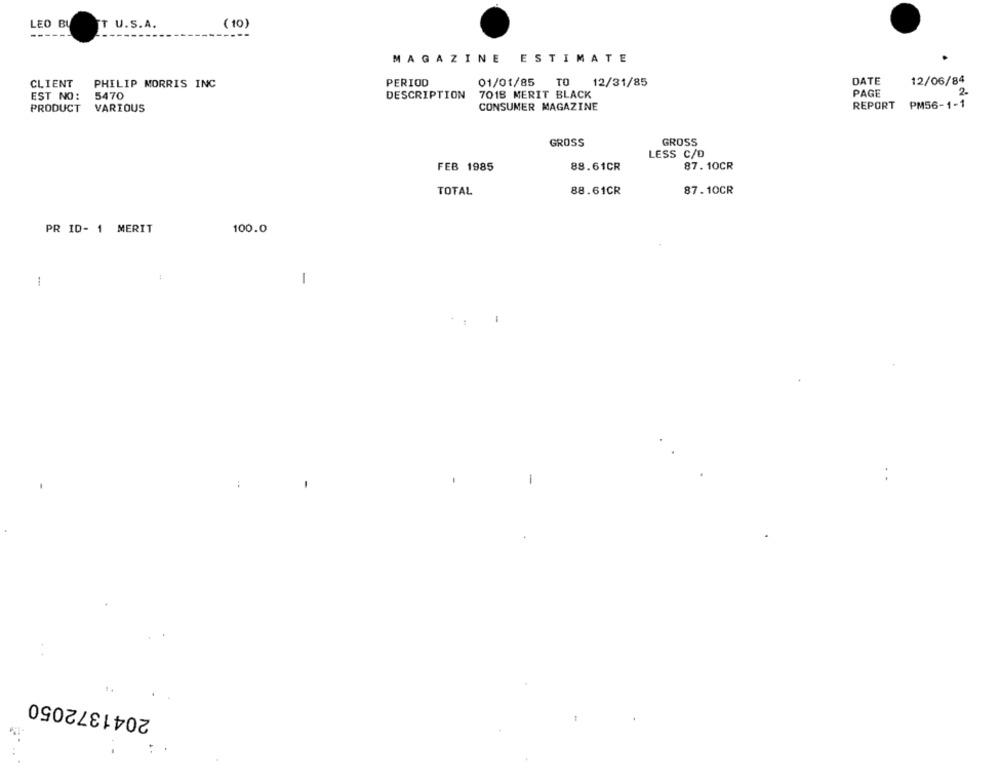
LEO BU
T U.S.A.
( 10)
MAGAZINE
ESTIMATE
CLIENT
PHILIP MORRIS INC
PERIOD
01/01/85
TO
12/31/85
DATE
12/06/84
EST NO:
5470
DESCRIPTION
7018 MERIT BLACK
PAGE
2.
PRODUCT
VARIOUS
CONSUMER MAGAZINE
REPORT
PM56-1-1
GROSS
GROSS
LESS C/D
87. 10CR
FEB 1985
88.61CR
TOTAL
88.61CR
87.10CR
PR ID- 1 MERIT
100.0
-
2041372050